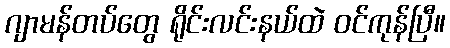
ဂျာမန်တပ်တွေ ရိုင်းလင်းနယ်ထဲ ဝင်ကုန်ပြီ။